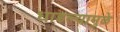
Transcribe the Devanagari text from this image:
धाडल्यामुळे